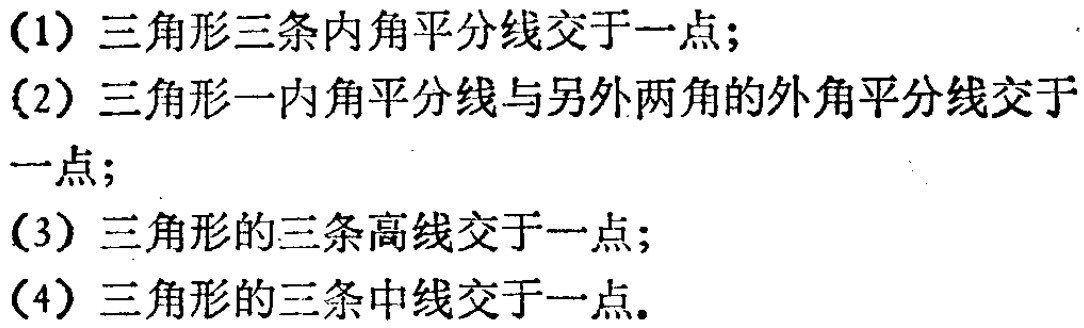
(1) 三角形三条内角平分线交于一点;
(2) 三角形一内角平分线与另外两角的外角平分线交于一点;
(3) 三角形的三条高线交于一点;
(4) 三角形的三条中线交于一点.